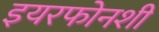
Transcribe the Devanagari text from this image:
इयरफोनशी